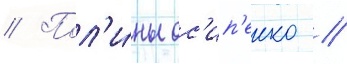
// Пол'и́ны ос'ип'енко //